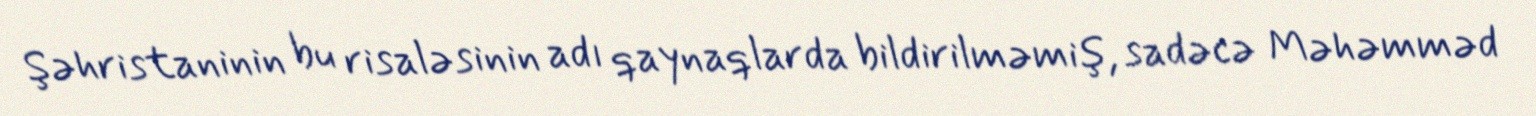
Şəhristaninin bu risaləsinin adı qaynaqlarda bildirilməmiş, sadəcə Məhəmməd